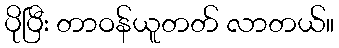
ပိုပြီး တာဝန်ယူတတ် လာတယ်။